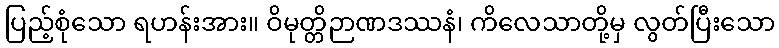
ပြည့်စုံသော ရဟန်းအား။ ဝိမုတ္တိဉာဏဒဿနံ၊ ကိလေသာတို့မှ လွတ်ပြီးသော